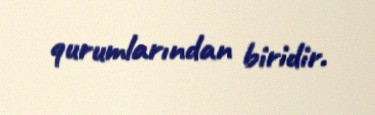
qurumlarından biridir.